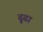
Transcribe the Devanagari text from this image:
ढ़ूढा